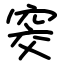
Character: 窔